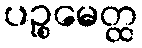
ပဉ္စမေတ္ထ